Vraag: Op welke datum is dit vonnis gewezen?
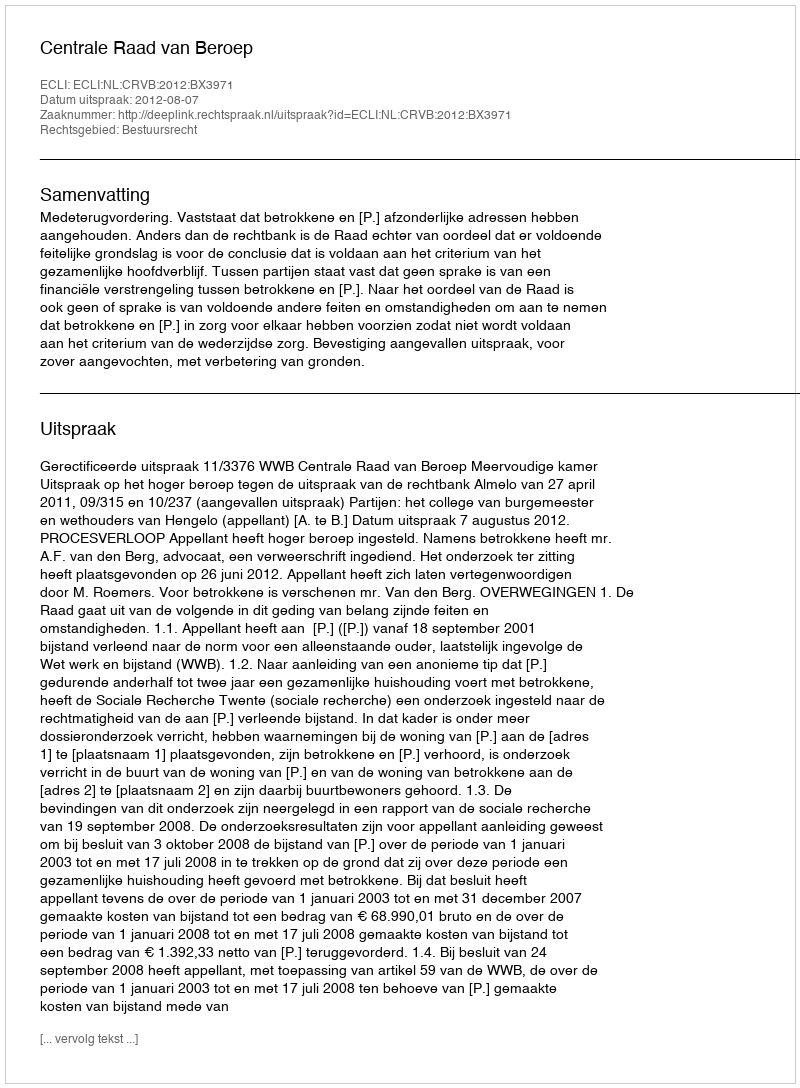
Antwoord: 2012-08-07